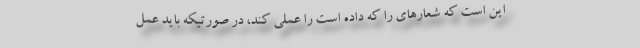
این است که شعارهای را که داده است را عملی کند، در صورتیکه باید عمل